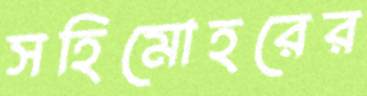
সহিমোহরের